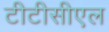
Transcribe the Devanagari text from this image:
टीटीसीएल